Punjab Mental Hospital Lahore 1932-46 - 1932-1946
Year: 1932
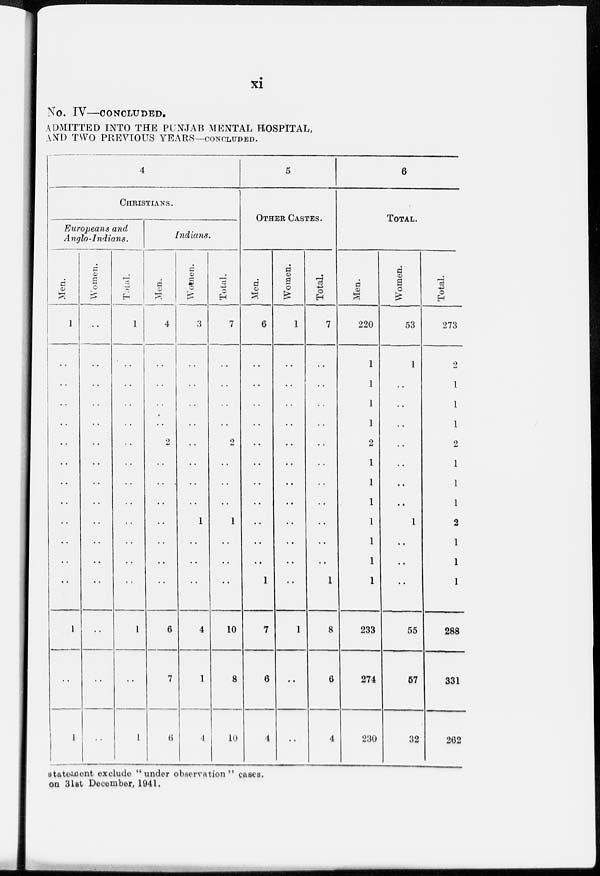
xi
No. IV—CONCLUDED.
ADMITTED INTO THE PUNJAB MENTAL HOSPITAL,
AND TWO PREVIOUS YEARS—CONCLUDED.
4
CHRISTIANS.
Europeans and
Anglo-Indians.
Men.
1
..
..
..
..
..
..
..
..
..
..
..
..
1
..
1
Women.
..
..
..
..
..
..
..
..
..
..
..
..
..
..
..
..
Total.
1
..
..
..
..
..
..
..
..
..
..
..
..
1
..
1
Indians.
Men.
4
..
..
..
2
..
..
..
..
..
..
..
6
7
6
Women.
3
..
..
..
..
..
..
..
..
1
..
..
..
4
1
4
Total.
7
..
..
..
..
2
..
..
..
1
..
..
..
10
8
10
5
OTHER CASTES.
Men.
6
..
..
..
..
..
..
..
..
..
..
..
1
7
6
4
Women.
1
..
..
..
..
..
..
..
..
..
..
..
..
1
..
..
Total.
7
..
..
..
..
..
..
..
..
..
..
..
1
8
6
4
6
TOTAL.
Men.
220
1
1
1
1
2
1
1
1
1
1
1
1
233
274
230
Women.
53
1
..
..
..
..
..
..
..
1
..
..
..
55
57
32
Total.
273
2
1
1
1
2
1
1
1
2
1
1
1
288
331
262
statement exclude "under observation" cases.
on 31st December, 1941.